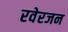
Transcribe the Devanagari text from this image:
रवेरजन